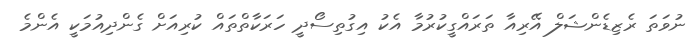
ނުވަތަ ރެޒިޑެންޝަލް އޭރިއާ ތަރައްގީކުރުމާ އެކު އިގުތިސޯދީ ހަރަކާތްތައް ކުރިއަށް ގެންދިއުމަކީ އެންމެ